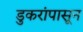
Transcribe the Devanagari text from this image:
डुकरांपासून